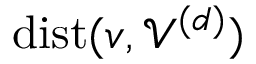
\mathrm { d i s t } ( v , \mathcal { V } ^ { ( d ) } )